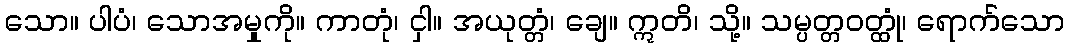
သော။ ပါပံ၊ သောအမှုကို။ ကာတုံ၊ ငှါ။ အယုတ္တံ၊ ချေ။ ဣတိ၊ သို့။ သမ္ပတ္တဝတ္ထုံ၊ ရောက်သော